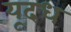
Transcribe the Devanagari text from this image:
यूदध